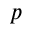
p